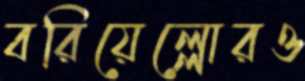
বরিয়েল্লোরও